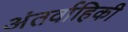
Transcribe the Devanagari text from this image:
अंतर्वाहिकी